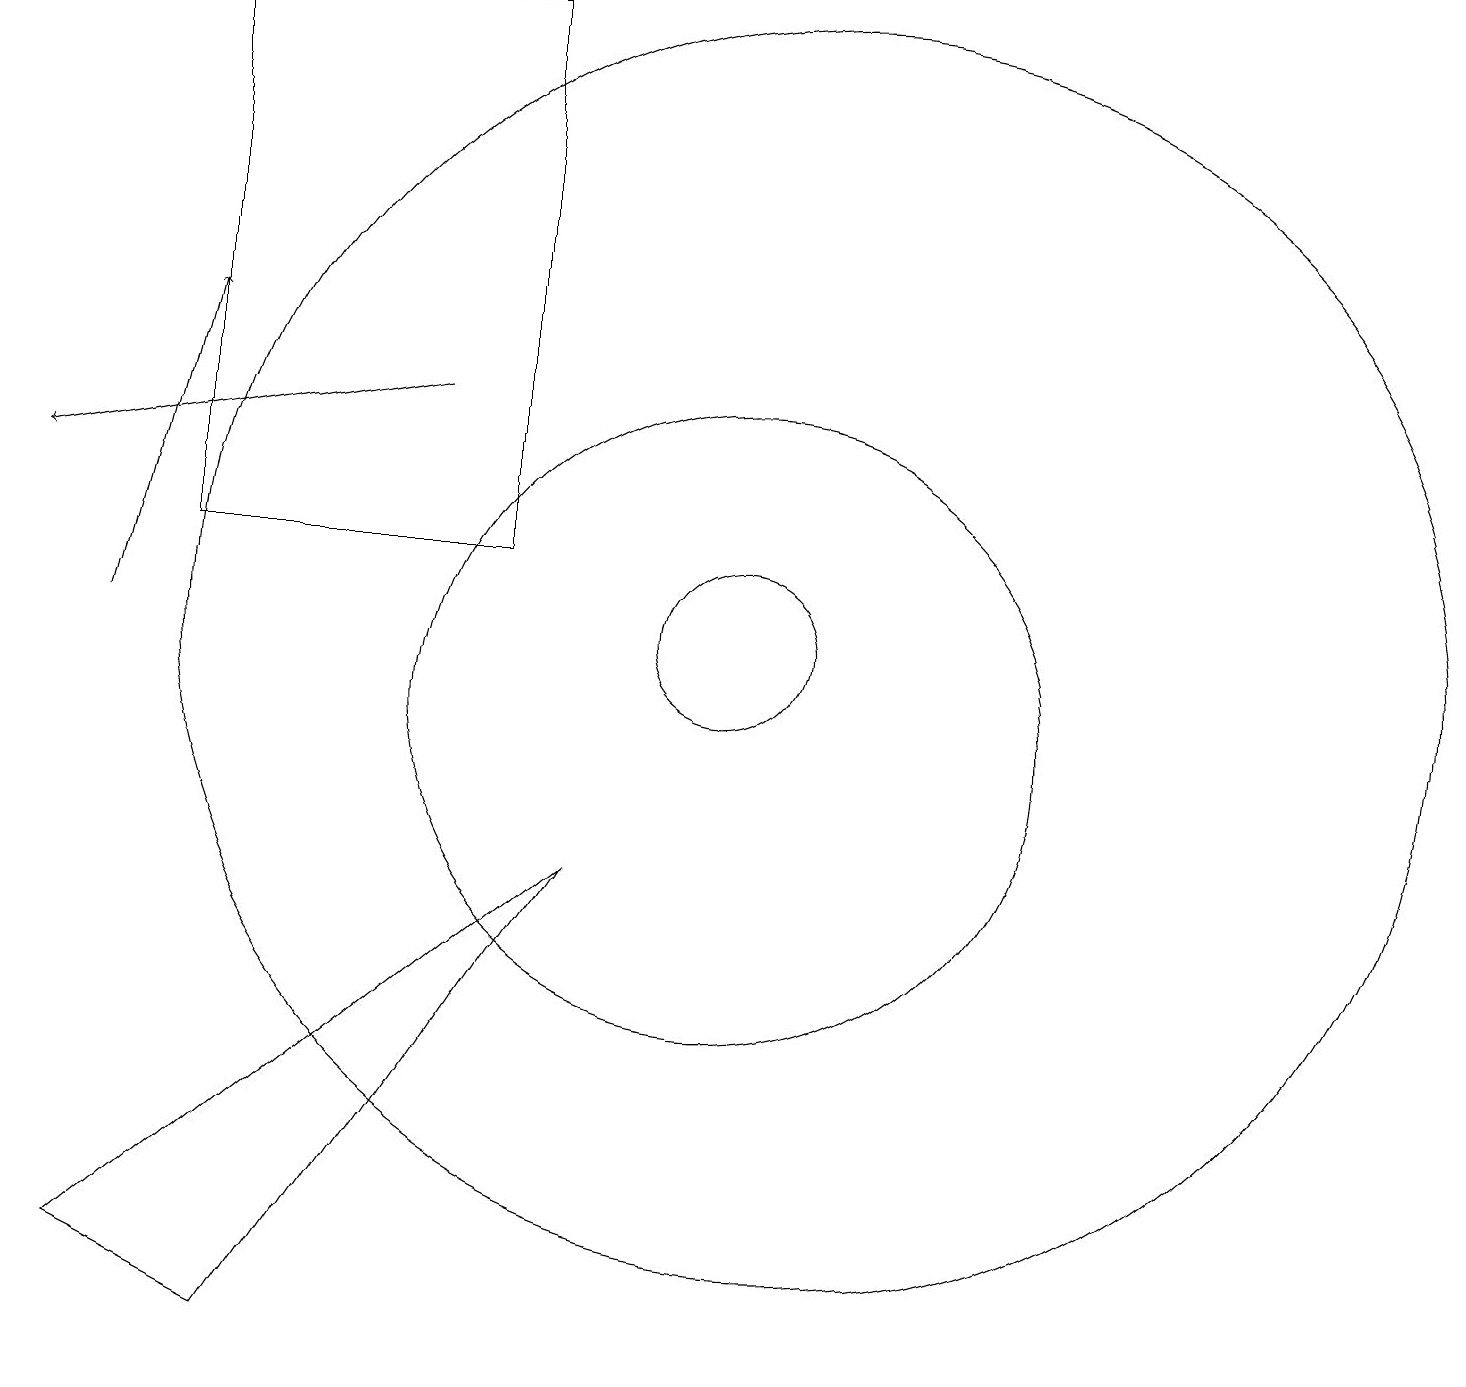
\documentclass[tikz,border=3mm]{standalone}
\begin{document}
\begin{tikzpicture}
\draw (3,19) rectangle (7,12);
\draw (8,8) -- (2,3) -- (4,2) -- cycle;
\draw[->] (2,11) -- (3,15);
\draw (10,10) circle (4);
\draw (10,11) circle (1);
\draw (11,11) circle (8);
\draw[->] (6,14) -- (1,13);
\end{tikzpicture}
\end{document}